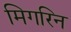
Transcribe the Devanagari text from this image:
मिगरिन